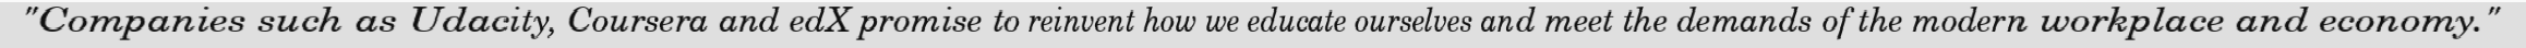
"Companies such as Udacity, Coursera and edX promise to reinvent how we educate ourselves and meet the demands of the modern workplace and economy."